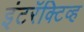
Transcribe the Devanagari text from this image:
इंटरॅक्टिव्ह